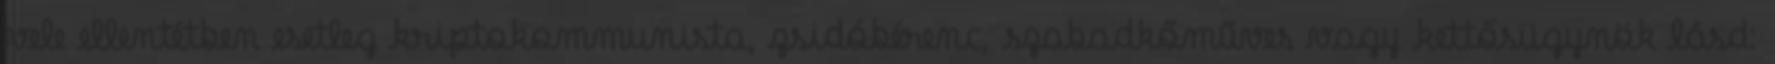
vele el­lentétben esetleg kriptokommunista, zsidóbérenc, szabadkő­mű­ves vagy kettősügynök lásd: